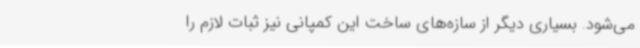
می‌شود. بسیاری دیگر از سازه‌های ساخت این کمپانی نیز ثبات لازم را